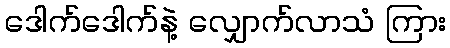
ဒေါက်ဒေါက်နဲ့ လျှောက်လာသံ ကြား